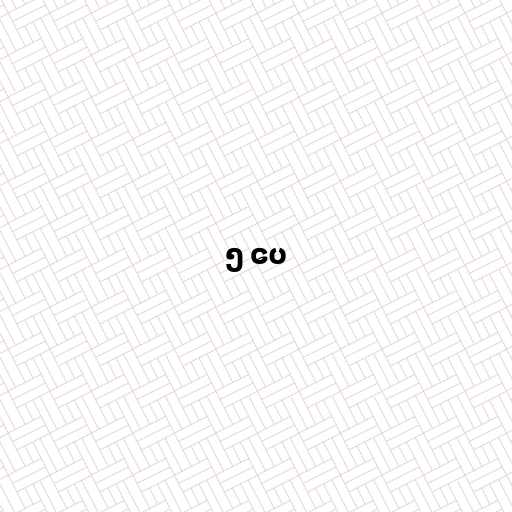
၅ ပေ